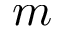
m